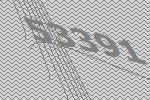
53391